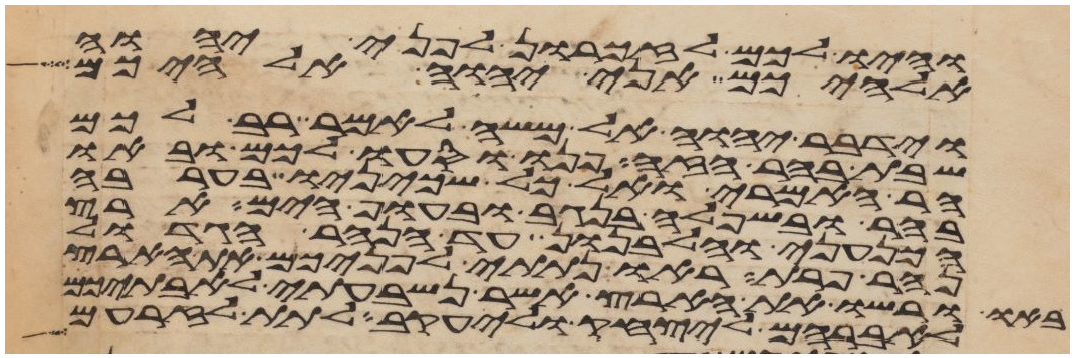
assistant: והיו לכם לזכרון לפני יהוה
אלהיכם אני יהוה אלהיכם
וידבר יהוה אל משה לאמר רב לכם
שבת בהר הזה פנו וסעו לכם ובאו
הר האמרי ואל כל שכינו בערבה
בהר ובשפלה בנגב ובחוף הים ארץ
הכנעני והלבנון עד הנהר הגדול
נהר פרת ראו נתתי לפניכם את הארץ
באו ורשו את הארץ אשר נשבעתי לאבתיכם
לאברהם ליצחק וליעקב לתת לזרעם